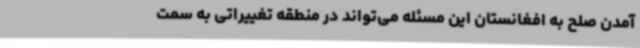
آمدن صلح به افغانستان این مسئله می‌تواند در منطقه تغییراتی به سمت